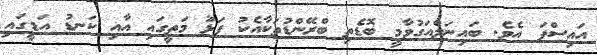
އައިސްފަ އެވެ. ބައިނަލްއަގުވާމީ ބޮޑެތި ބްރޭންޑުތަކާއެކު ފަޅު މަތީގައި އާއި ކަނޑު އަޑީގައި